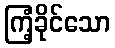
ကြံ့ခိုင်သော